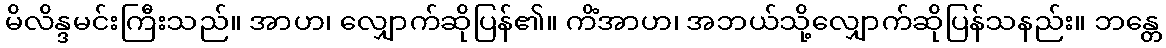
မိလိန္ဒမင်းကြီးသည်။ အာဟ၊ လျှောက်ဆိုပြန်၏။ ကိံအာဟ၊ အဘယ်သို့လျှောက်ဆိုပြန်သနည်း။ ဘန္တေ